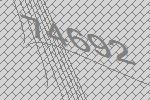
74692